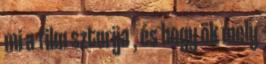
mi a film sztorija , és hogy ök mely